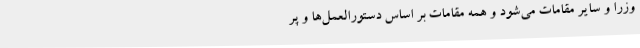
وزرا و سایر مقامات می‌شود و همه مقامات بر اساس دستورالعمل‌ها و پر